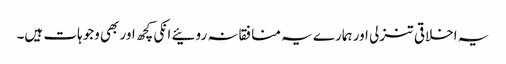
یہ اخلاقی تنزلی اور ہمارے یہ منافقانہ روئیے انکی کچھ اور بھی وجوہات ہیں۔